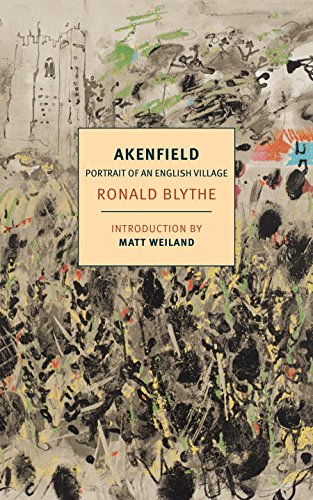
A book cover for Akenfield: Portrait of an English Village; Ronald Blythe; Politics & Social Sciences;